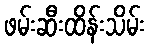
ဖမ်းဆီးထိန်းသိမ်း